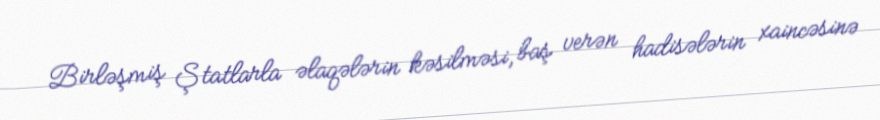
Birləşmiş Ştatlarla əlaqələrin kəsilməsi, baş verən hadisələrin xaincəsinə